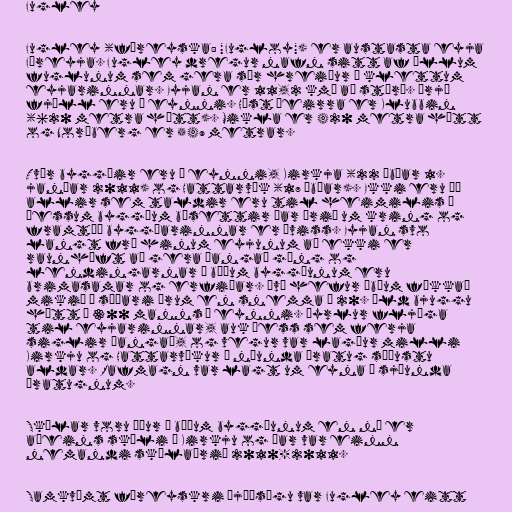
Fugley

Fugley (færeyska: "Fugloy") er austasta eyja
Færeyja. Fugley dregur nafn sitt af öllum
fuglunum sem gera sér hreiður í klettum
eyjarinnar. Eyjan er 11,2 km² að stærð. Þrjú
fjöll eru á eynni. Hæst þeirra er Klubbin
(620 metra hátt). Mikla er 420 metra hátt
og Norðberg er 549 metrar.

Tvær byggðir eru á eynni, Kirkja (22 íbúar 1.
janúar 2011) og Hattarvík (17 íbúar). Ekki eru þó
allir sem taldir eru til heimilis í
þessum byggðum búsettir þar árið um kring og
framtíð byggðarinnar er óviss. Eyjan svo
langt frá hinum eyjunum að ekki er
raunhæft að gera þangað göng og
lendingarnar í báðum byggðunum eru
brimasamar og erfiðar. Því hefur íbúum fækkað
mikið á síðari árum en snemma á 20. öld bjuggu
hátt í 300 manns á eynni. Þyrlur fljúga
til eyjarinnar, auk þess sem ferja
siglir þangað, og vegur var lagður milli
Kirkju og Hattarvíkur á níunda áratug síðustu
aldar. Rafmagn var lagt um eyna á sjöunda
áratugnum.

Skólar voru áður í báðum byggðunum en nú er
aðeins skóli í Kirkju og þar var einn
nemandi skólaárið 2010-2011.

Samkvæmt færeyskri þjóðsögu var Fugley eitt